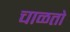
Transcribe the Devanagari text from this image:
चाळतो